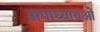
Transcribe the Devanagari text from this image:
अपाध्यायओं